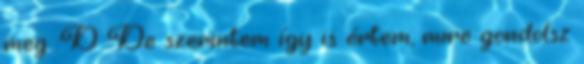
meg :D De szerintem így is értem, mire gondolsz